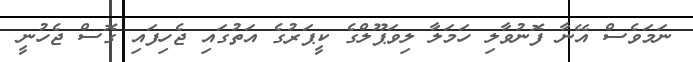
ނަމަވެސް އޭނާ ފޮނުވާލި ހަމަލާ ލިވަޕޫލްގެ ކީޕަރުގެ އަތުގައި ޖެހިފައި ގޮސް ޖެހުނީ